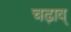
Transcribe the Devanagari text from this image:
चढ़ाव्